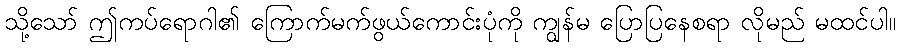
သို့သော် ဤကပ်ရောဂါ၏ ကြောက်မက်ဖွယ်ကောင်းပုံကို ကျွန်မ ပြောပြနေစရာ လိုမည် မထင်ပါ။